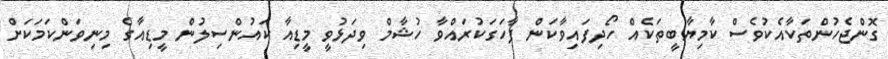
ގޮންޖެހުންތަކާއެކުވެސް ކާމިޔާބީތަކެއް ހޯދިފައިވާކަން ފާހަގަކުރައްވާ ހުޝާމް ވިދަޅުވީ މީޑިއާ ކައުންސިލުން މީޑިއާގެ މިނިވަންކަމަކަށް